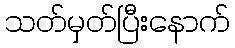
သတ်မှတ်ပြီးနောက်